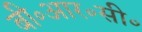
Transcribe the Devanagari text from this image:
बी॰आर॰सी॰